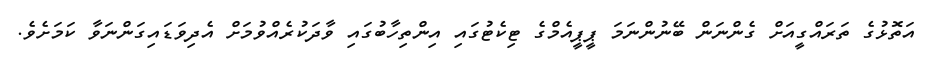
އަތޮޅުގެ ތަރައްގީއަށް ގެންނަން ބޭނުންނަމަ ޕީޕީއެމްގެ ޓިކެޓުގައި އިންތިހާބުގައި ވާދަކުރެއްވުމަށް އެދިވަޑައިގަންނަވާ ކަމަށެވެ.